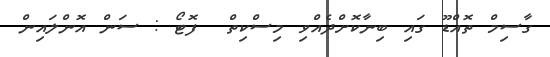
ގާސިމް ތޮއްޑޫ ގައި ބިނާކޮށްދެއްވި މިސްކިތް  ފޮޓޯ : ސަން އޮންލައިން